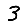
Digit: 3